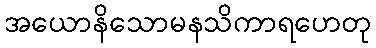
အယောနိသောမနသိကာရဟေတု